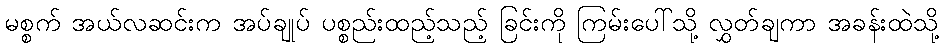
မစ္စက် အယ်လဆင်းက အပ်ချုပ် ပစ္စည်းထည့်သည့် ခြင်းကို ကြမ်းပေါ်သို့ လွှတ်ချကာ အခန်းထဲသို့